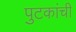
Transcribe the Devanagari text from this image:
पुटकांची